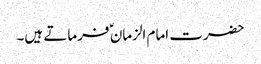
حضرت امام الزمان ؑ فرماتے ہیں۔